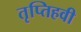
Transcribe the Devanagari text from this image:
तृप्तिहवी